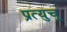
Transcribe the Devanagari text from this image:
प्रत्युचू